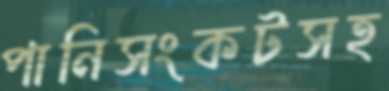
পানিসংকটসহ